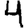
Digit: 4